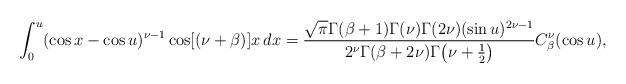
LaTeX: \begin{align*}\int_0^u(\cos x-\cos u)^{\nu-1}\cos [(\nu+\beta)]x\,dx=\frac{\sqrt{\pi}\Gamma(\beta+1)\Gamma(\nu)\Gamma(2\nu)(\sin u)^{2\nu-1}}{2^{\nu}\Gamma(\beta+2\nu)\Gamma \big(\nu+\frac12\big)}C_{\beta}^{\nu}(\cos u),\end{align*}